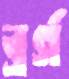
ব্রর্গ